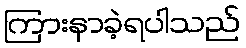
ကြားနာခဲ့ရပါသည်